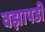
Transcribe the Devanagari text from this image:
वझापडी